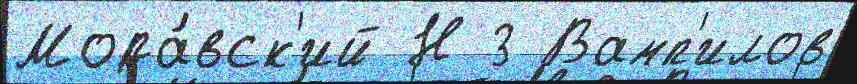
Мора́вск'ий Н 3 Вамп'илов